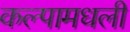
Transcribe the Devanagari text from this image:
कल्पामधली